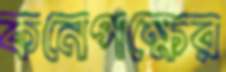
কনেপক্ষের